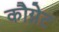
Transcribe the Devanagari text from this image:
कौग्नेट